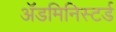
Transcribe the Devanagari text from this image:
ॲडमिनिस्टर्ड